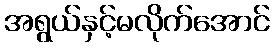
အရွယ်နှင့်မလိုက်အောင်